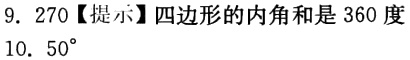
9. 270【提示】四边形的内角和是 360 度
10. \(50^{\circ}\)